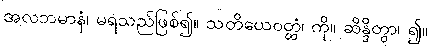
အလဘမာနံ၊ မရသည်ဖြစ်၍။ သတိယေဝတ္တံ၊ ကို။ ဆိန္ဒိတွာ၊ ၍။